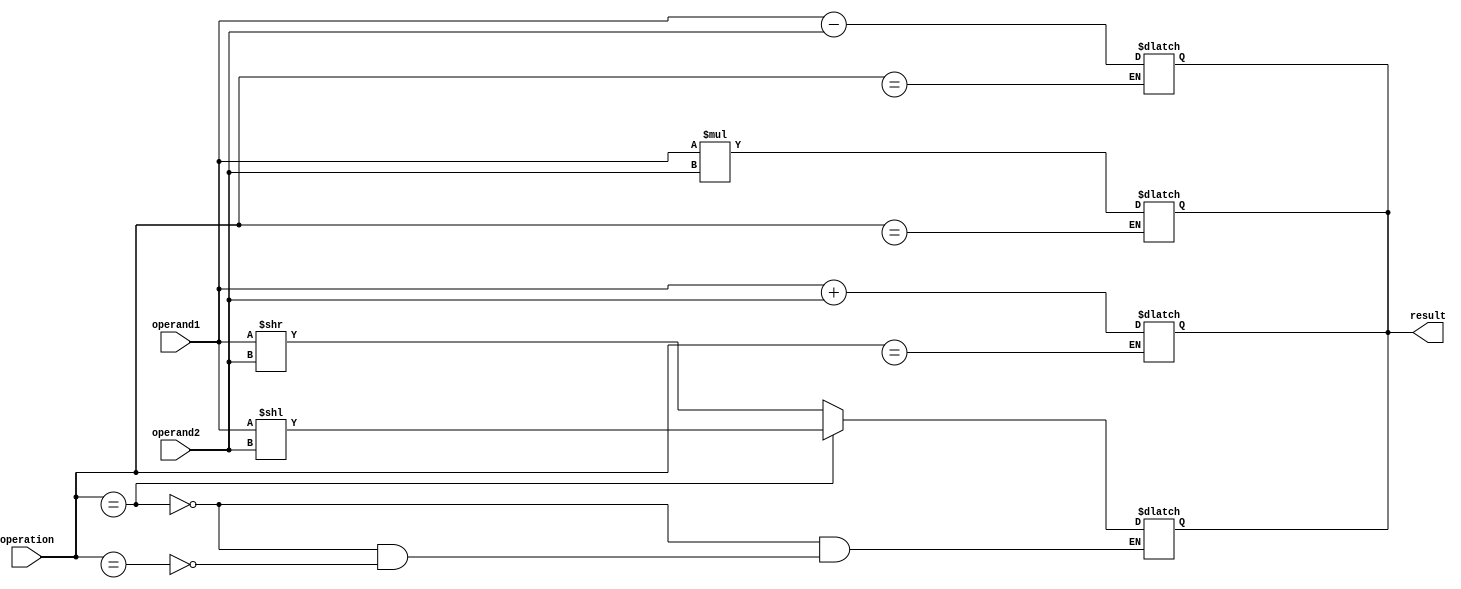
module half_precision_float_unit(
    input wire [15:0] operand1,
    input wire [15:0] operand2,
    input wire operation,
    output reg [15:0] result
);

// Adder block
always @*
begin
    if(operation == ADD)
        result = operand1 + operand2;
end

// Subtractor block
always @*
begin
    if(operation == SUB)
        result = operand1 - operand2;
end

// Multiplier block
always @*
begin
    if(operation == MUL)
        result = operand1 * operand2;
end

// Shifter block
always @*
begin
    if(operation == SHIFT_LEFT)
        result = operand1 << operand2;
    else if(operation == SHIFT_RIGHT)
        result = operand1 >> operand2;
end

// Rounding and normalization logic
// Implement IEEE 754 standard for rounding and normalization here

// Error detection and correction mechanisms
// Implement error detection and correction mechanisms here

endmodule